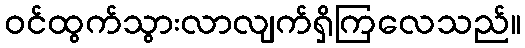
ဝင်ထွက်သွားလာလျက်ရှိကြလေသည်။